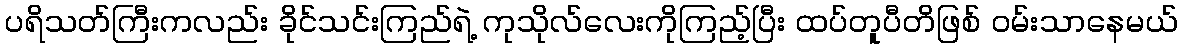
ပရိသတ်ကြီးကလည်း ခိုင်သင်းကြည်ရဲ့ ကုသိုလ်လေးကိုကြည့်ပြီး ထပ်တူပီတိဖြစ် ဝမ်းသာနေမယ်